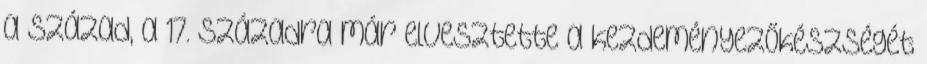
a század, a 17. századra már elvesztette a kezdeményezőkészségét